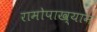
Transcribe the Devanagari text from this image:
रामोपाख्यान